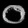
Digit: ၀